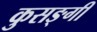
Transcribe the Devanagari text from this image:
कुसङ्गी